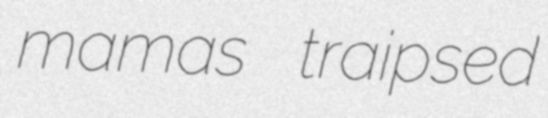
mamas traipsed